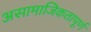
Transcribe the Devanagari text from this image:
असामाजिकतापूर्ण